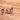
ألدو